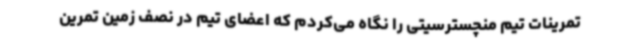
تمرینات تیم منچسترسیتی را نگاه می‌کردم که اعضای تیم در نصف زمین تمرین